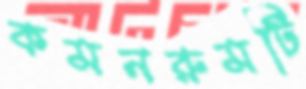
কমনরুমটি